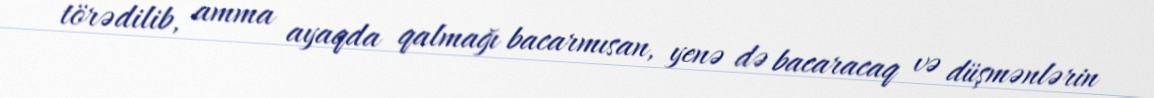
törədilib, amma ayaqda qalmağı bacarmısan, yenə də bacaracaq və düşmənlərin